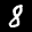
Label: 8